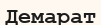
Демарат